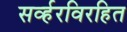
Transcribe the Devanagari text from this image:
सर्व्हरविरहित